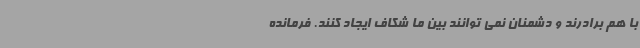
با هم برادرند و دشمنان نمی توانند بین ما شکاف ایجاد کنند. فرمانده